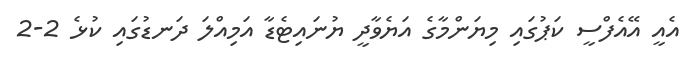
އެއީ އޭއެފްސީ ކަޕުގައި މިޔަންމާގެ އަޔެވާދީ ޔުނައިޓެޑާ އަމިއްލަ ދަނޑުގައި ކުޅެ 2-2